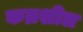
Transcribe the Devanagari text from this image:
कम्रशील